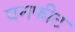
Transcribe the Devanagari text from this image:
घनफीट